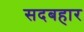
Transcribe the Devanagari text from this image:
सदबहार